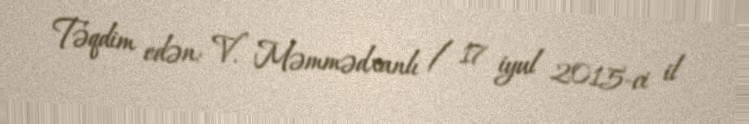
Təqdim edən: V. Məmmədxanlı / 17 iyul 2015-ci il